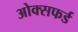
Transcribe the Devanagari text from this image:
ओक्सफर्ड